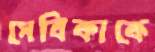
সেবিকাকে